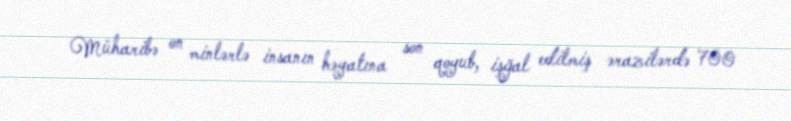
Müharibə on minlərlə insanın həyatına son qoyub, işğal edilmiş ərazilərdə 700